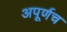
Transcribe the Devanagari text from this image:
अपूर्णच